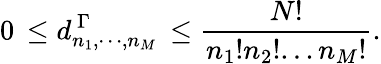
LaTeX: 0\, \leq d_{n_{1},\cdots,n_{M}}^{\ \Gamma}\, \leq\frac{N!}{n_{1}!n_{2}!...n_{M}!}.